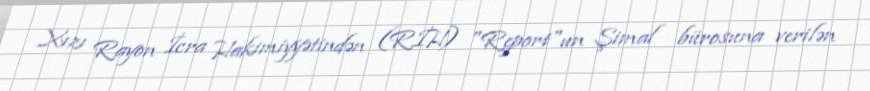
Xızı Rayon İcra Hakimiyyətindən (RİH) "Report"un Şimal bürosuna verilən